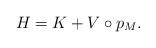
\begin{align*} H=K+V\circ p_M.\end{align*}